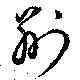
荊